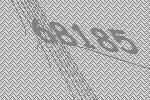
68185